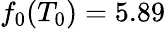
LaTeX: f_{0}(T_{0})=5.89